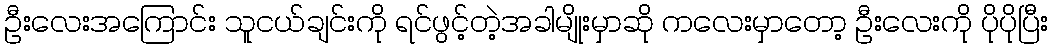
ဦးလေးအကြောင်း သူငယ်ချင်းကို ရင်ဖွင့်တဲ့အခါမျိုးမှာဆို ကလေးမှာတော့ ဦးလေးကို ပိုပိုပြီး